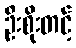
ဦးစိုးတင့်